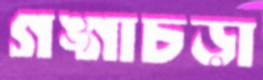
গঙ্গাচড়া